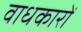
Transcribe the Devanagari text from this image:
वाधकारों